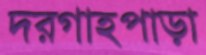
দরগাহপাড়া